Annual report on the Civil Veterinary Department, Burma (including the Insein Veterinary School) - 1923-1931
Year: 1923
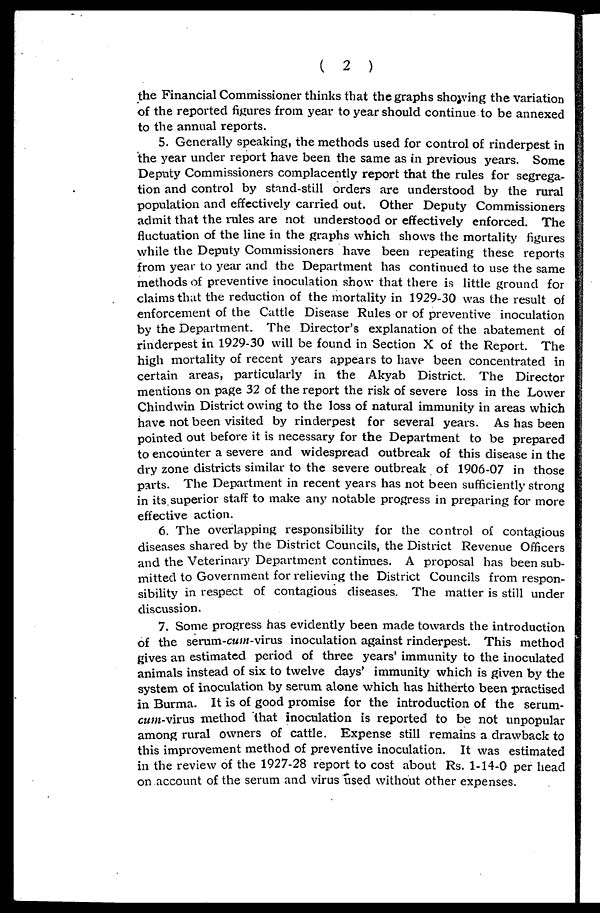
( 2 )
the Financial Commissioner thinks that the graphs showing the variation
of the reported figures from year to year should continue to be annexed
to the annual reports.
5. Generally speaking, the methods used for control of rinderpest in
the year under report have been the same as in previous years. Some
Deputy Commissioners complacently report that the rules for segrega-
tion and control by stand-still orders are understood by the rural
population and effectively carried out. Other Deputy Commissioners
admit that the rules are not understood or effectively enforced. The
fluctuation of the line in the graphs which shows the mortality figures
while the Deputy Commissioners have been repeating these reports
from year to year and the Department has continued to use the same
methods of preventive inoculation show that there is little ground for
claims that the reduction of the mortality in 1929-30 was the result of
enforcement of the Cattle Disease Rules or of preventive inoculation
by the Department. The Director's explanation of the abatement of
rinderpest in 1929-30 will be found in Section X of the Report. The
high mortality of recent years appears to have been concentrated in
certain areas, particularly in the Akyab District. The Director
mentions on page 32 of the report the risk of severe loss in the Lower
Chindwin District owing to the loss of natural immunity in areas which
have not been visited by rinderpest for several years. As has been
pointed out before it is necessary for the Department to be prepared
to encounter a severe and widespread outbreak of this disease in the
dry zone districts similar to the severe outbreak of 1906-07 in those
parts. The Department in recent years has not been sufficiently strong
in its. superior staff to make any notable progress in preparing for more
effective action.
6. The overlapping responsibility for the control of contagious
diseases shared by the District Councils, the District Revenue Officers
and the Veterinary Department continues. A proposal has been sub-
mitted to Government for relieving the District Councils from respon-
sibility in respect of contagious diseases. The matter is still under
discussion.
7. Some progress has evidently been made towards the introduction
of the serum-cum-virus inoculation against rinderpest. This method
gives an estimated period of three years' immunity to the inoculated
animals instead of six to twelve days' immunity which is given by the
system of inoculation by serum alone which has hitherto been practised
in Burma. It is of good promise for the introduction of the serum-
cum-virus method that inoculation is reported to be not unpopular
among rural owners of cattle. Expense still remains a drawback to
this improvement method of preventive inoculation. It was estimated
in the review of the 1927-28 report to cost about Rs. 1-14-0 per head
on account of the serum and virus used without other expenses.